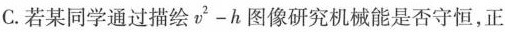
C.若某同学通过描绘$$v^{2}-h$$图像研究机械能是否守恒，正